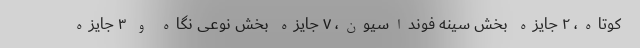
کوتاه، ۲ جایزه بخش سینه فونداسیون، ۷ جایزه بخش نوعی نگاه و ۳ جایزه